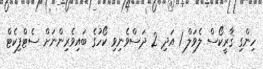
ހިންގި ޤާރީކޯސް ލެވަލް 1 އަދި 2 ދަސްވެނިވި ކޯހުގެ ބައިވެރިންނަށް ސެޓްފިކެޓް